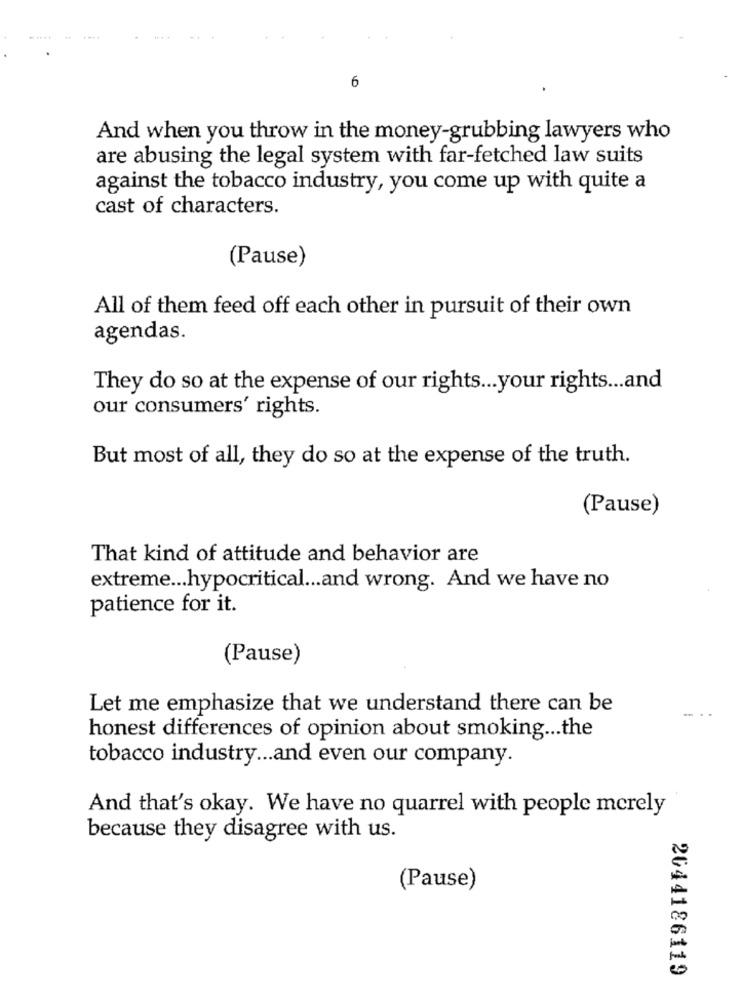
6
And when you throw in the money-grubbing lawyers who
are abusing the legal system with far-fetched law suits
against the tobacco industry, you come up with quite a
cast of characters.
(Pause)
All of them feed off each other in pursuit of their own
agendas.
They do so at the expense of our rights ... your rights ... and
our consumers' rights.
But most of all, they do so at the expense of the truth.
(Pause)
That kind of attitude and behavior are
extreme ... hypocritical ... and wrong. And we have no
patience for it.
(Pause)
Let me emphasize that we understand there can be
...
honest differences of opinion about smoking ... the
tobacco industry ... and even our company.
And that's okay. We have no quarrel with people merely
because they disagree with us.
(Pause)
2044186119